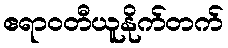
ဧရာဝတီယူနိုက်တက်